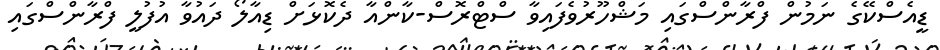
ޑީއެސްކޭގެ ނަމުން ފްރާންސްގައި މަޝްހޫރުވެފައިވާ ސްޓްރޮސް-ކާންއާ ދެކޮޅަށް ޑިއާލޯ ދައުވާ އުފުލީ ފްރާންސްގައި